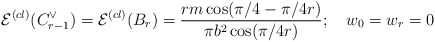
\begin{align*}\mathcal{E}^{(cl)}(C_{r-1}^{\vee })=\mathcal{E}^{(cl)}(B_{r})=\frac{rm\cos(\pi /4-\pi /4r)}{\pi b^{2}\cos (\pi /4r)};\quad w_{0}=w_{r}=0 \end{align*}